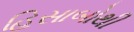
હિસાબોથી